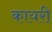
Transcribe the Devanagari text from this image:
कायरी